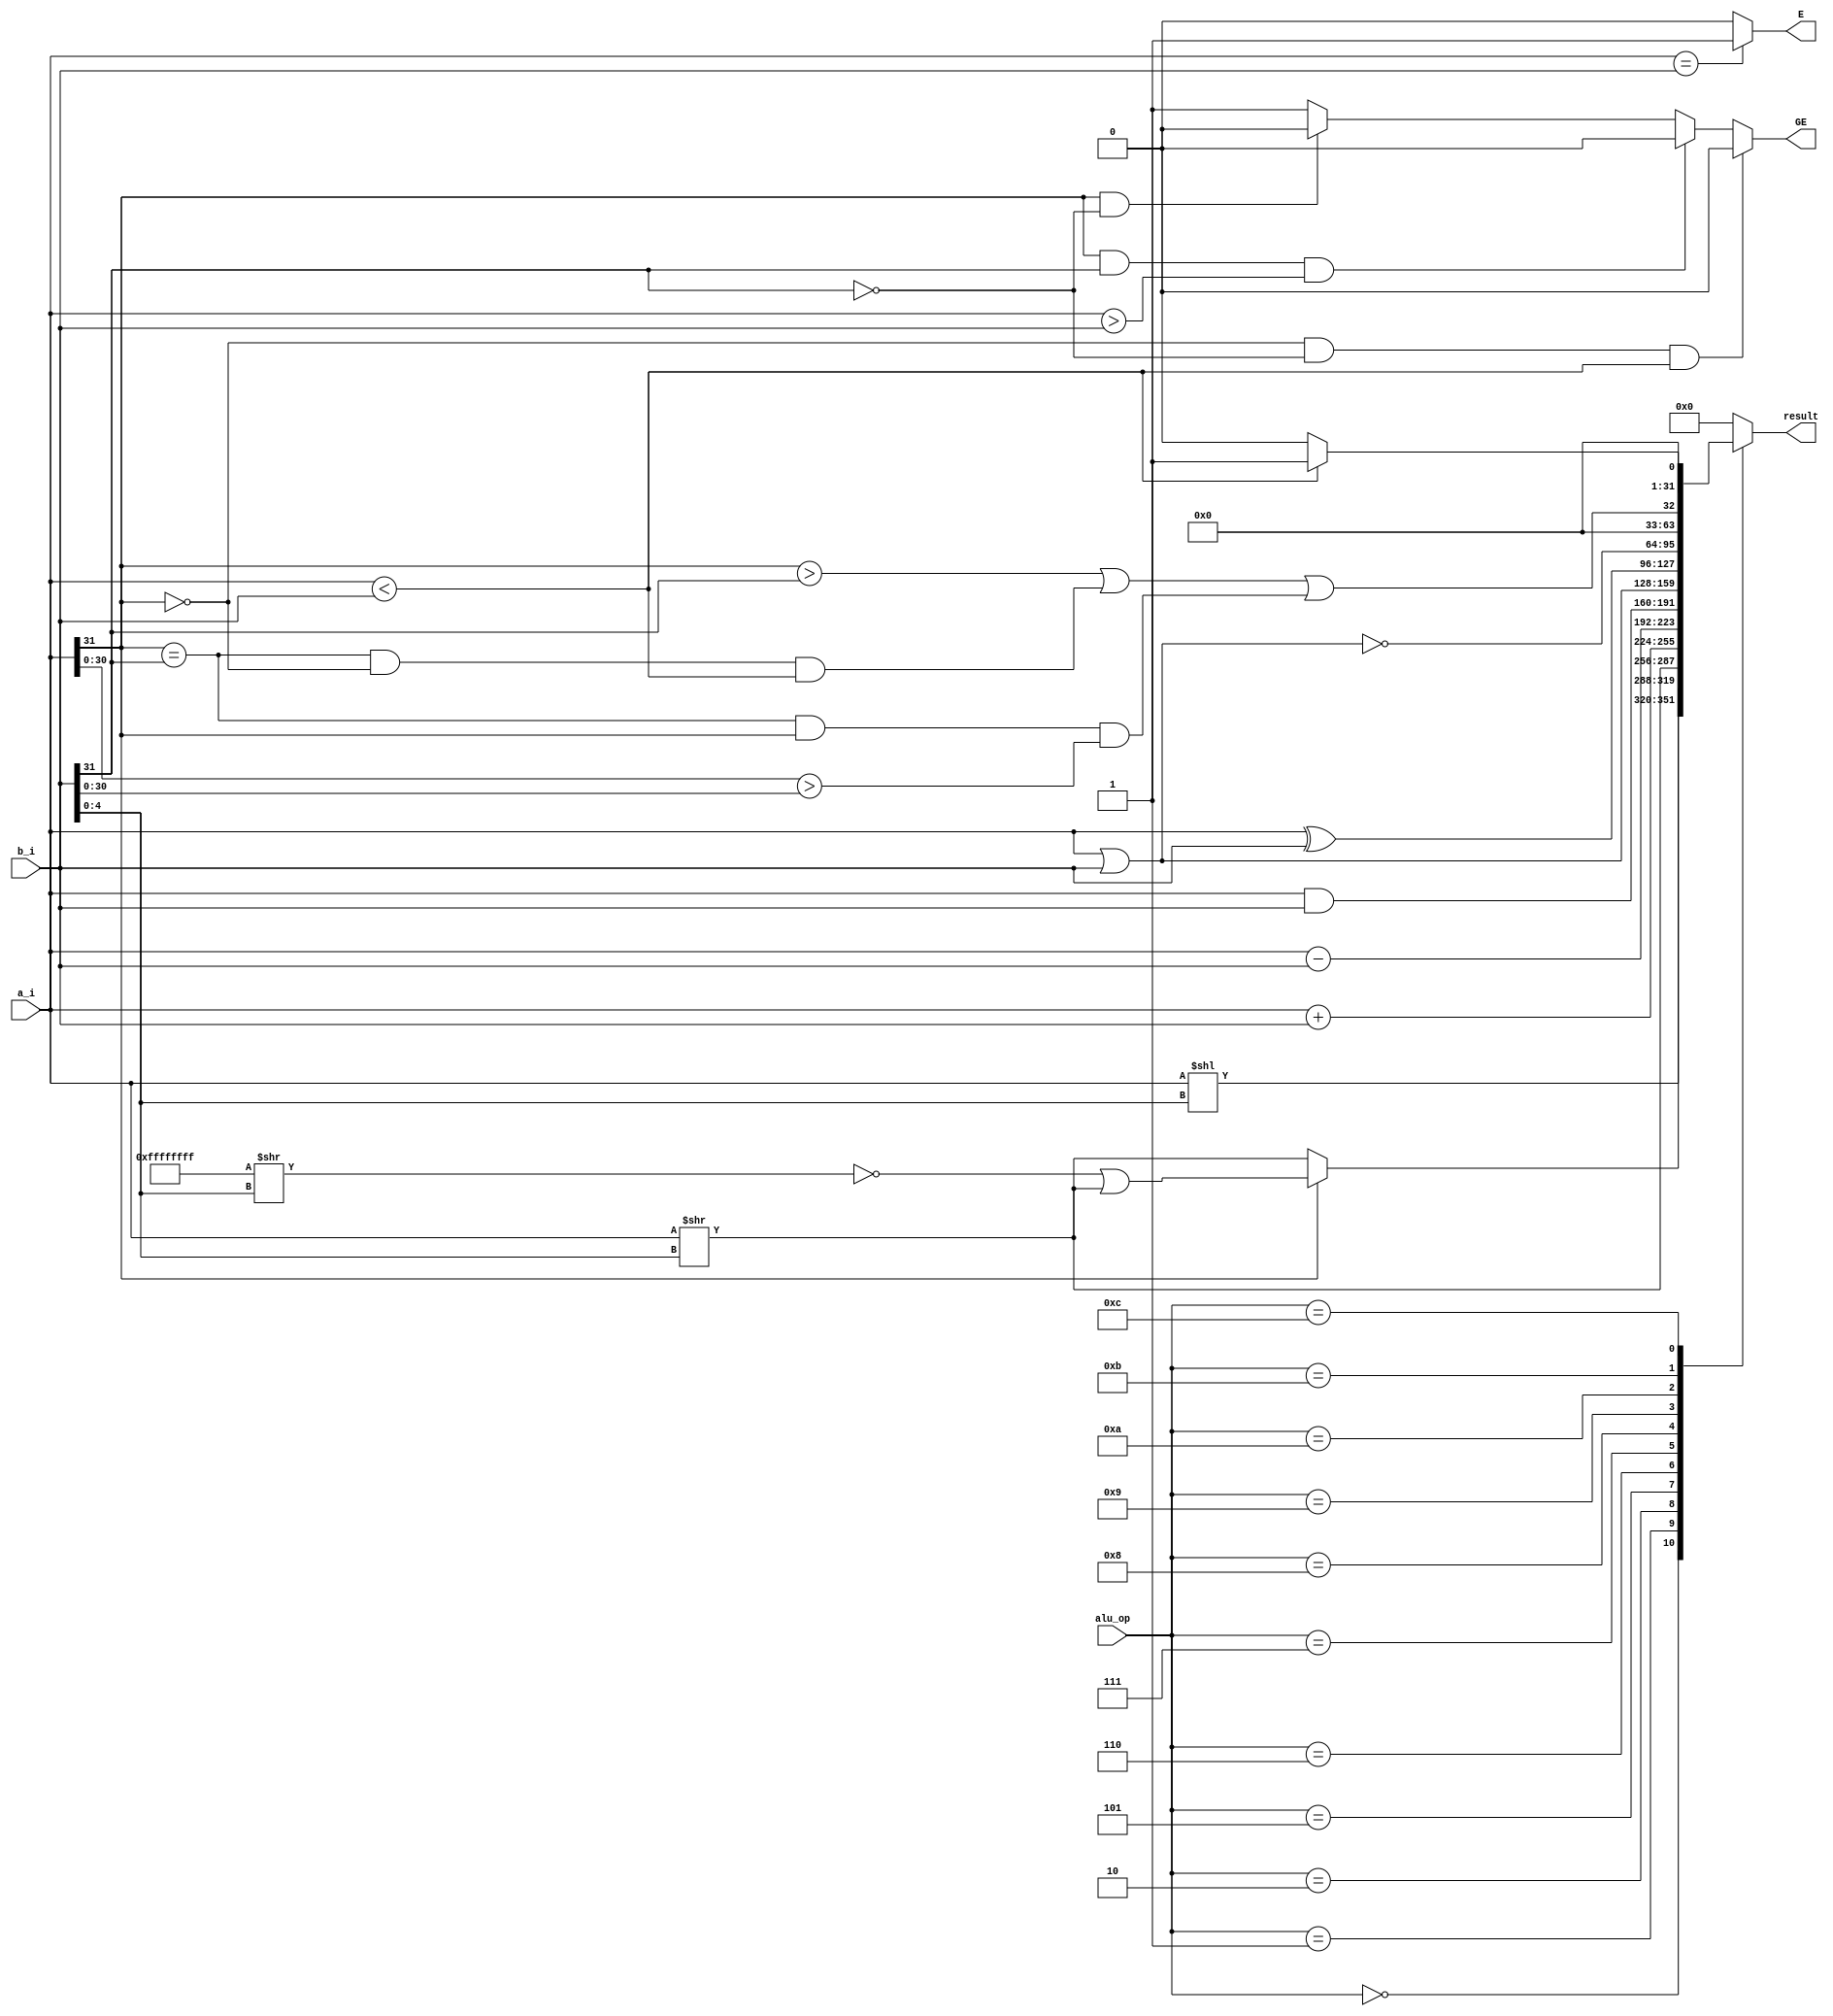
`timescale 1ns / 1ps

module ALU(a_i,b_i,alu_op,result,E,GE);
    input [31:0]a_i,b_i;
    input [3:0]alu_op;
    output reg[31:0]result;
    output reg E,GE;

    always@(a_i or b_i)
        begin
            case(alu_op[3:0])
                4'd0:result<= a_i<<b_i[4:0];
                4'd1:result<= a_i[31]?~(32'hffffffff>>b_i[4:0])|(a_i>>b_i[4:0]):a_i>>b_i[4:0];
                4'd2:result<= a_i>>b_i[4:0];
                4'd5:result<= a_i+b_i;
                4'd6:result<= a_i-b_i;
                4'd7:result<= a_i&b_i;
                4'd8:result<= a_i|b_i;
                4'd9:result<= a_i^b_i;
                4'd10:result<= ~(a_i|b_i);
                4'd11:result<= a_i[31]>b_i[31]||(a_i[31]==b_i[31]&&a_i[31]==0&&a_i<b_i)||(a_i[31]==b_i[31]&&a_i[31]==1&&a_i[30:0]>b_i[30:0]);
                4'd12:result<= (a_i<b_i)?1:0;
                default:result<=0;
            endcase
            E<=(a_i==b_i)?1:0;
            GE<=(a_i[31]==0&&b_i[31]==0&&a_i<b_i)?0:(a_i[31]==1&&b_i[31]==1&&a_i>b_i)?0:(a_i[31]==1&&b_i[31]==0)?0:1;
        end
endmodule